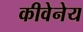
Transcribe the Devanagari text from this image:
कीवेनेय